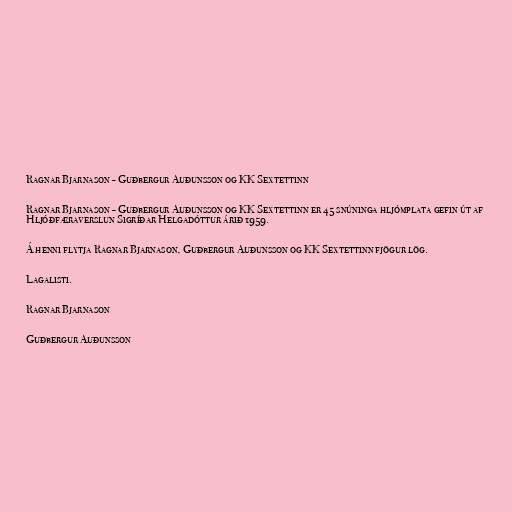
Ragnar Bjarnason - Guðbergur Auðunsson og KK Sextettinn

Ragnar Bjarnason - Guðbergur Auðunsson og KK Sextettinn er 45 snúninga hljómplata gefin út af
Hljóðfæraverslun Sigríðar Helgadóttur árið 1959.

Á henni flytja Ragnar Bjarnason, Guðbergur Auðunsson og KK Sextettinn fjögur lög.

Lagalisti.

Ragnar Bjarnason

Guðbergur Auðunsson